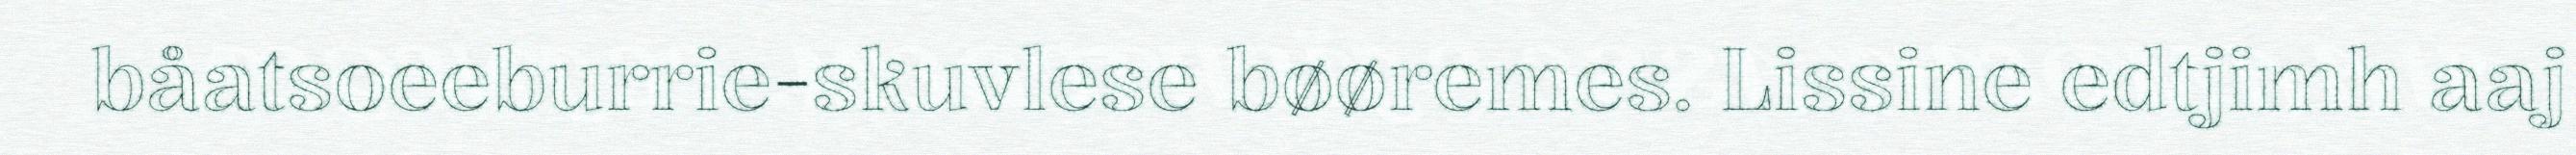
båatsoeeburrie-skuvlese bøøremes. Lissine edtjimh aaj